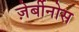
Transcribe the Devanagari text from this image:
ज़ेर्बीनोस